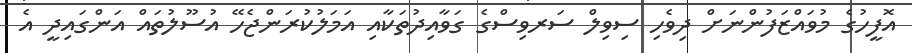
އޮފީހުގެ މުވައްޒަފުންނަށް ދިވެހި ސިވިލް ސަރވިސްގެ ގަވާއިދުތަކާއި އަމަލުކުރަންޖެހޭ އުސޫލުތައް އަންގައިދީ އެ